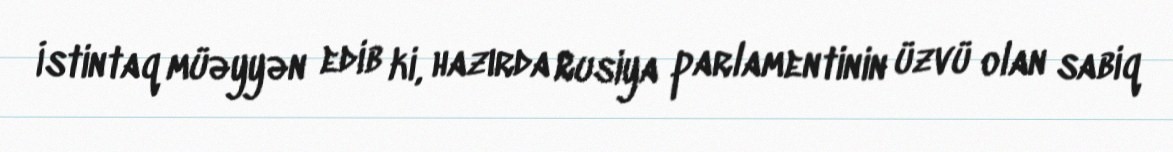
İstintaq müəyyən edib ki, hazırda Rusiya parlamentinin üzvü olan sabiq